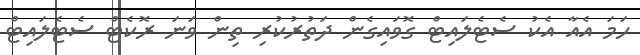
ހަމަ އެއާ އެކު ސެޓެލައިޓް ގޮވައިގެން ދަތުރުކުރި ތިން ވަނަ ރޮކެޓް ސެޓެލައިޓް